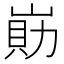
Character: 𡺕